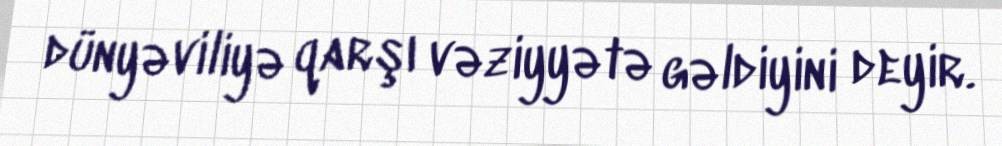
dünyəviliyə qarşı vəziyyətə gəldiyini deyir.